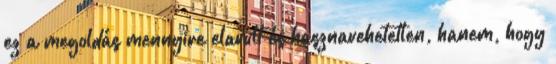
ez a megoldás mennyire elavult és hasznavehetetlen, hanem, hogy